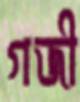
গজী